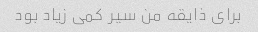
برای ذایقه من سیر کمی زیاد بود